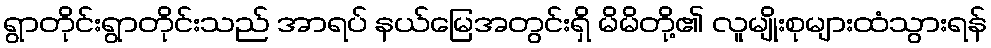
ရွာတိုင်းရွာတိုင်းသည် အာရပ် နယ်မြေအတွင်းရှိ မိမိတို့၏ လူမျိုးစုများထံသွားရန်